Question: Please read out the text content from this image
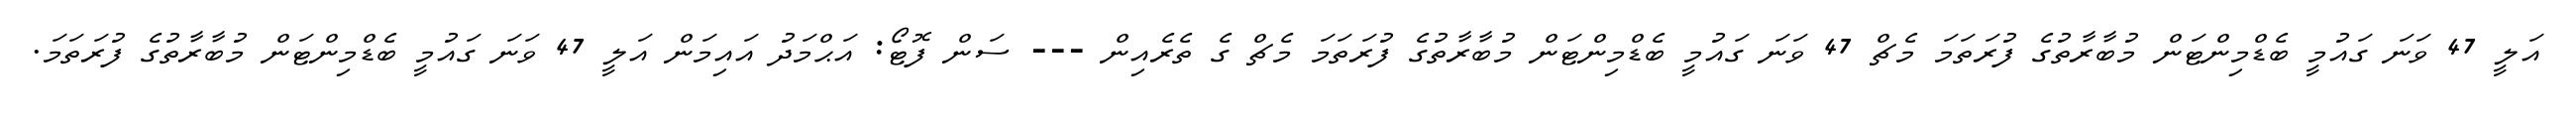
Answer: އަލީ 47 ވަނަ ގައުމީ ބެޑްމިންޓަން މުބާރާތުގެ ފުރަތަމަ މެޗް 47 ވަނަ ގައުމީ ބެޑްމިންޓަން މުބާރާތުގެ ފުރަތަމަ މެޗް ގެ ތެރެއިން --- ސަން ފޮޓޯ: އަޙްމަދު އައިމަން އަލީ 47 ވަނަ ގައުމީ ބެޑްމިންޓަން މުބާރާތުގެ ފުރަތަމަ.